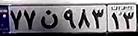
۷۷ن۹۸۳۱۳